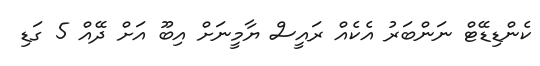
ކެންޑިޑޭޓް ނަންބަރު އެކެއް ރައީސް ޔާމީނަށް އިބޫ އަށް ދޭއް 5 ގަޑި